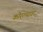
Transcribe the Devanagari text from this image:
कोरल्यावर